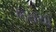
ભરાયા